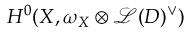
H ^ { 0 } ( X , \omega _ { X } \otimes { \mathcal { L } } ( D ) ^ { \vee } )